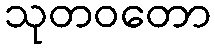
သုတဝတော